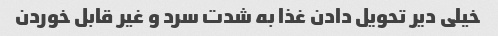
خیلی دیر تحویل دادن غذا به شدت سرد و غیر قابل خوردن